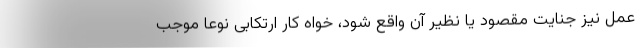
عمل نیز جنایت مقصود یا نظیر آن واقع شود، خواه کار ارتکابی نوعاً موجب